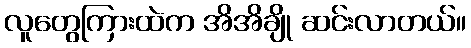
လူတွေကြားထဲက အိအိချို ဆင်းလာတယ်။